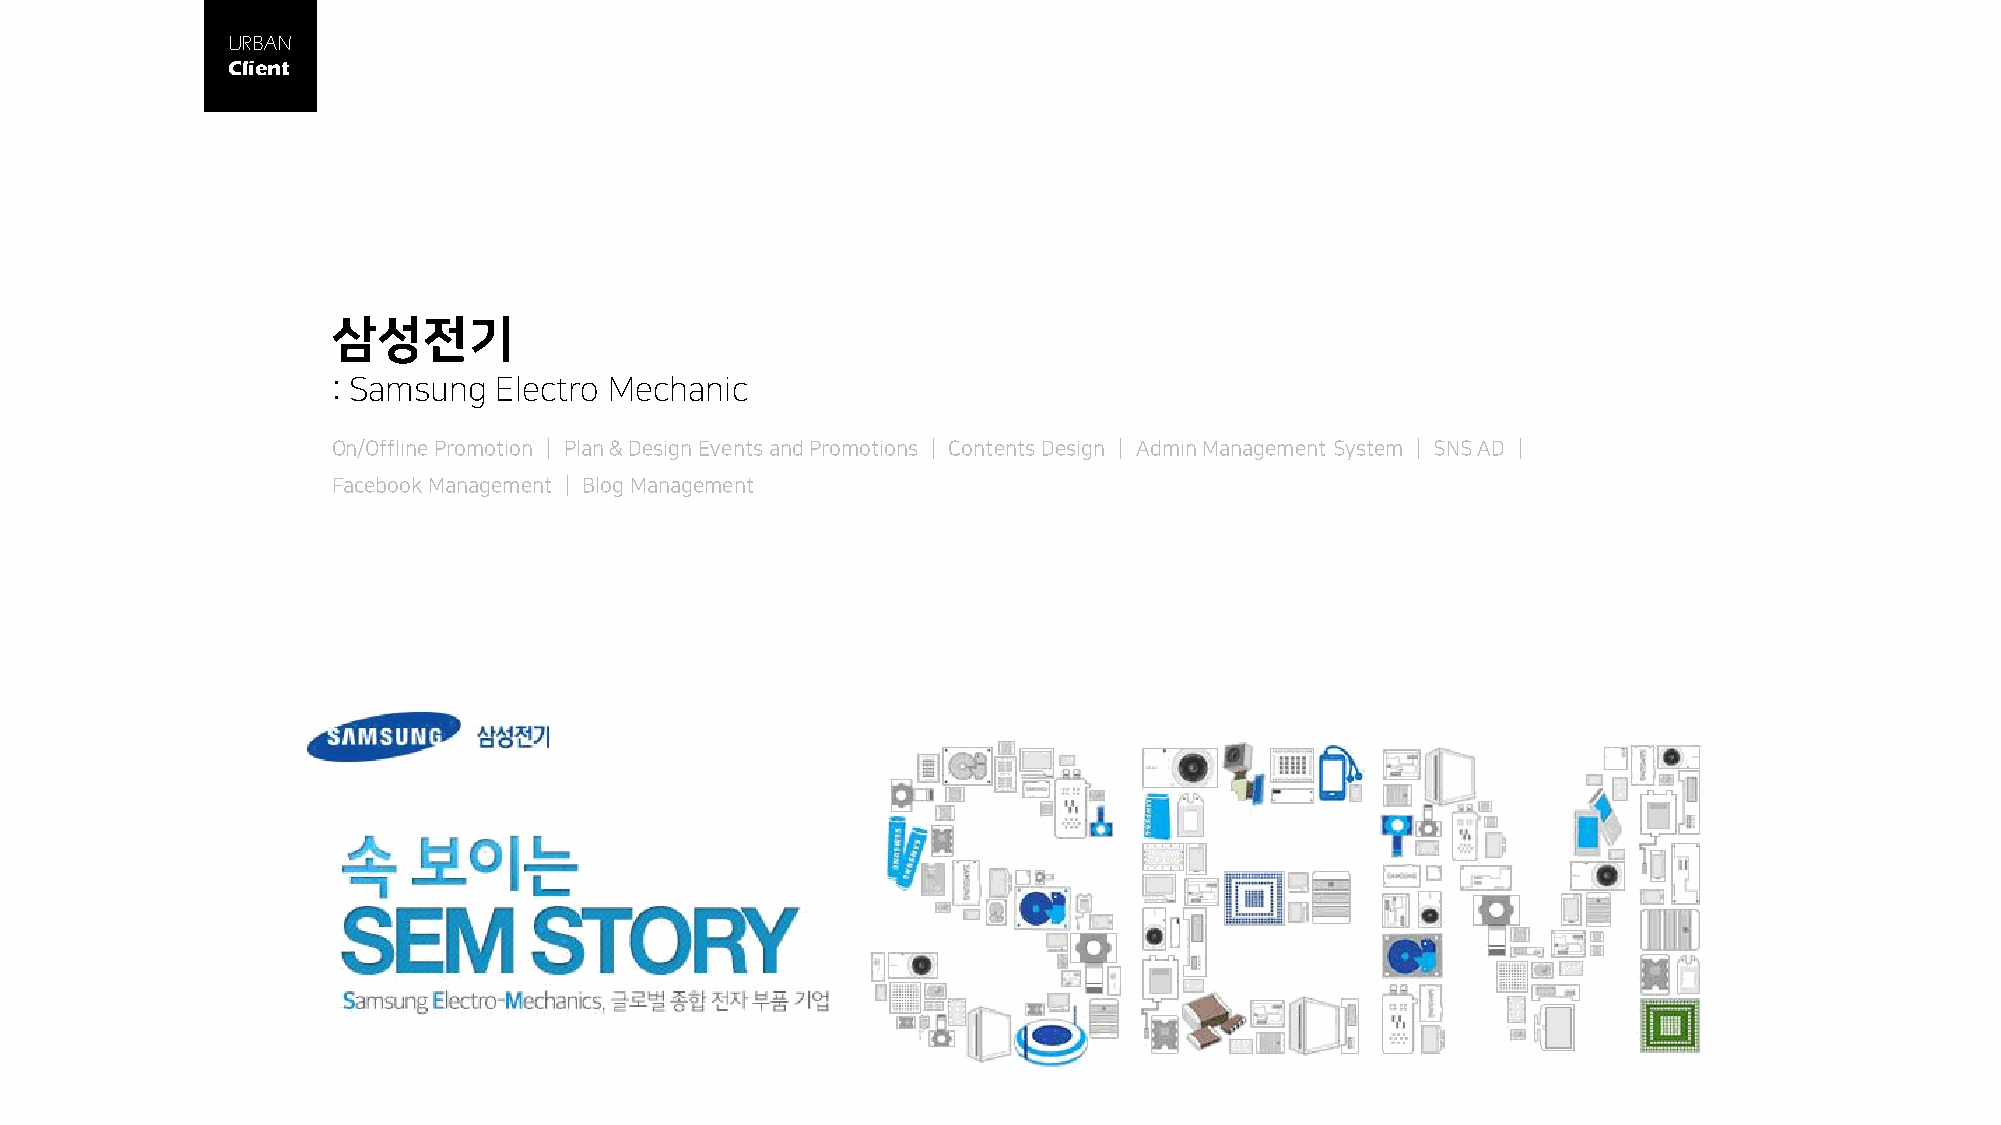
URBAN
 Client
 삼성전기
 : Samsung  Electro Mechanic
 On/Offline Promotion │ Plan & Design Events and Promotions │ Contents Design │ Admin Management System │ SNS AD │
 Facebook Management │ Blog Management